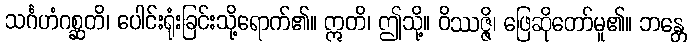
သင်္ဂဟံဂစ္ဆတိ၊ ပေါင်းရုံးခြင်းသို့ရောက်၏။ ဣတိ၊ ဤသို့။ ဝိဿဇ္ဇိ၊ ဖြေဆိုတော်မူ၏။ ဘန္တေ